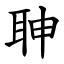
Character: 䎶